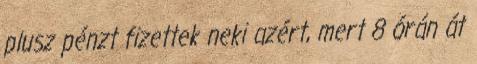
plusz pénzt fizettek neki azért, mert 8 órán át